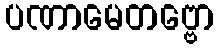
ပဏာမေတဗ္ဗော